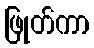
ဖြုတ်ကာ